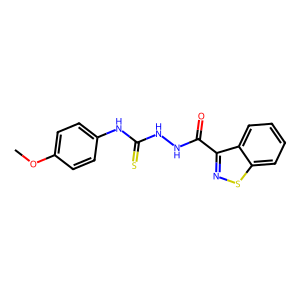
SMILES: COc1ccc(NC(=S)NNC(=O)c2nsc3ccccc23)cc1
Inhibits HIV replication: No